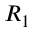
R _ { 1 }